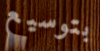
بتوسيع